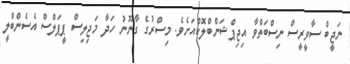
ނަޖީބް ސާވީރީސް ނިސްބަތްވާ އިޖިޕްޝަންބްލޮކްއަށެވެ. މިސްރުގެ ގާނޫނު ހަދާ މަޖިލިސް ޕީޕަލްސް އެސެންބްލީ